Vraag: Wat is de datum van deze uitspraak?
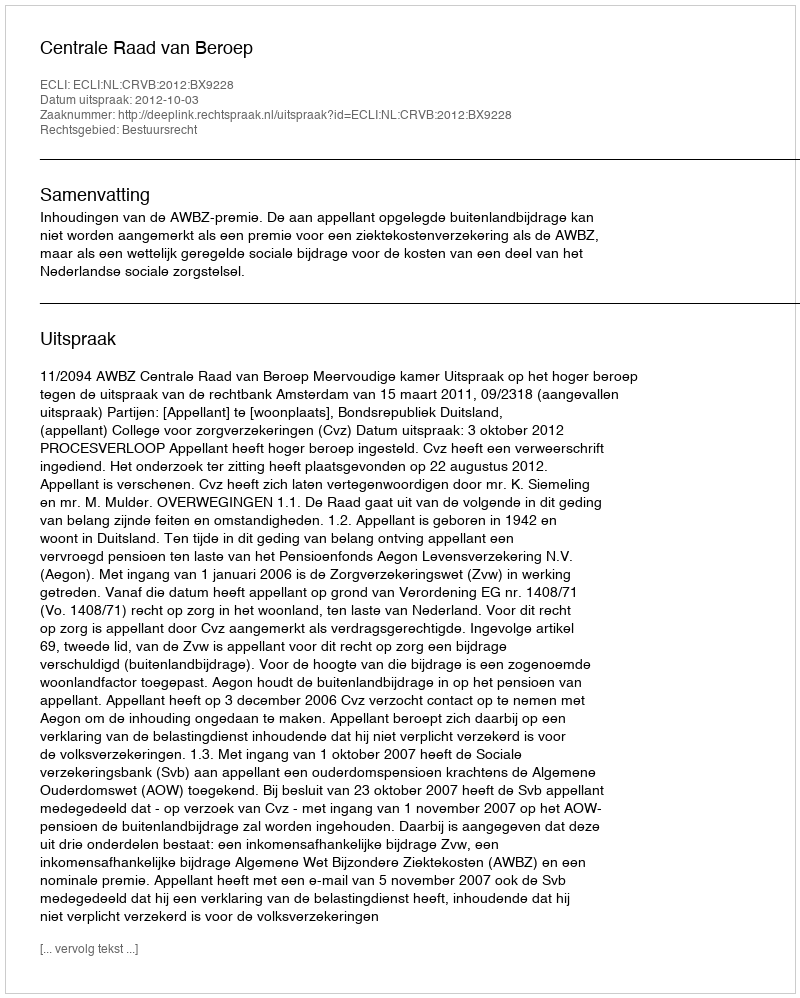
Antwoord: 2012-10-03